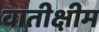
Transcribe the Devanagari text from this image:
वातीक्षीम